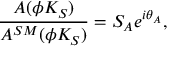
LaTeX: \frac { A ( \phi K _ { S } ) } { A ^ { S M } ( \phi K _ { S } ) } = S _ { A } e ^ { i \theta _ { A } } ,